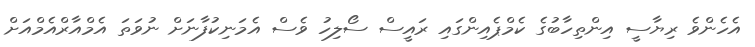
އެހެންވެ ރިޔާސީ އިންތިހާބުގެ ކެމްޕެއިންގައި ރައީސް ސޯލިހު ވެސް އެމަނިކުފާނަށް ނުވަތަ އެމްއާރްއެމްއަށް